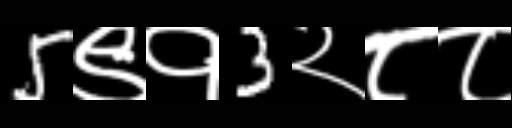
Text: 5९१3२८८